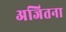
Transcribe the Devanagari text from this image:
अजितना